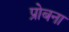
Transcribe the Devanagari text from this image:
प्रोबना